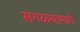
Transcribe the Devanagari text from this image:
सगळ्यामागे